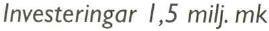
Investeringar 1,5 milj. mk